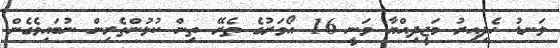
ލަނޑު ހެދިއިރު މަޖީދިއްޔާ ވަނީ 16 އޯވަރުގެ ތެރޭ ތިން ކުޅުންތެރިން ނުބައިވެގެން